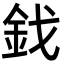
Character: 鈛